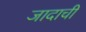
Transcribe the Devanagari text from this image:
जादाची